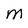
Character: M